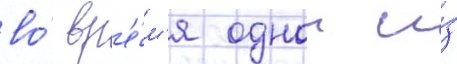
во́ вр'е́м'я однои и́з